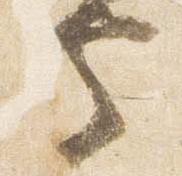
守